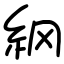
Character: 䋄